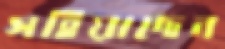
সহিয়াছেন